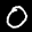
Label: 0